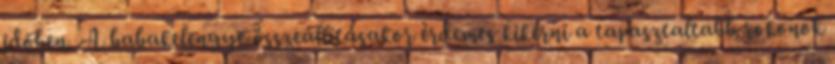
idõben. A babakelengye összeállításakor érdemes kikérni a tapasztaltabb rokonok